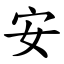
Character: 安